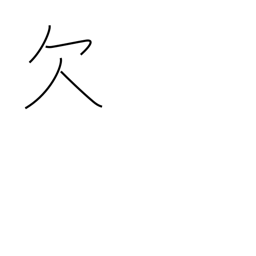
Meaning: lack